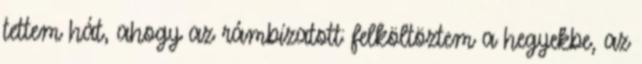
tettem hát, ahogy az rámbízatott: felköltöztem a hegyekbe, az